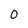
Character: O